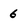
Character: 6